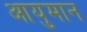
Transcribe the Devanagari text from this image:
आयुमान